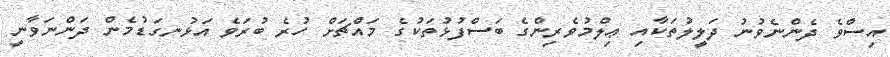
އިސްވެ ދެންނެވުނު ދަލީލުތަކާއި ޢިލްމުވެރިންގެ ބަސްފުޅުތަކުގެ މައްޗަށް ހުރެ ބުރަވެ އަޅުނގަޑުމެން ދަންނަވާނީ